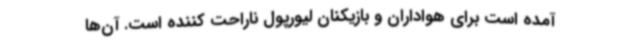
آمده است برای هواداران و بازیکنان لیورپول ناراحت کننده است. آن‌ها